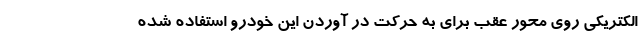
الکتریکی روی محور عقب برای به حرکت در آوردن این خودرو استفاده شده